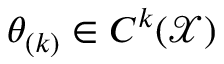
\theta _ { ( k ) } \in C ^ { k } ( \mathcal { X } )